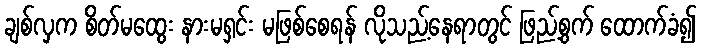
ချစ်လှက စိတ်မထွေး နားမရှင်း မဖြစ်စေရန် လိုသည့်နေရာတွင် ဖြည့်စွက် ထောက်ခံ၍